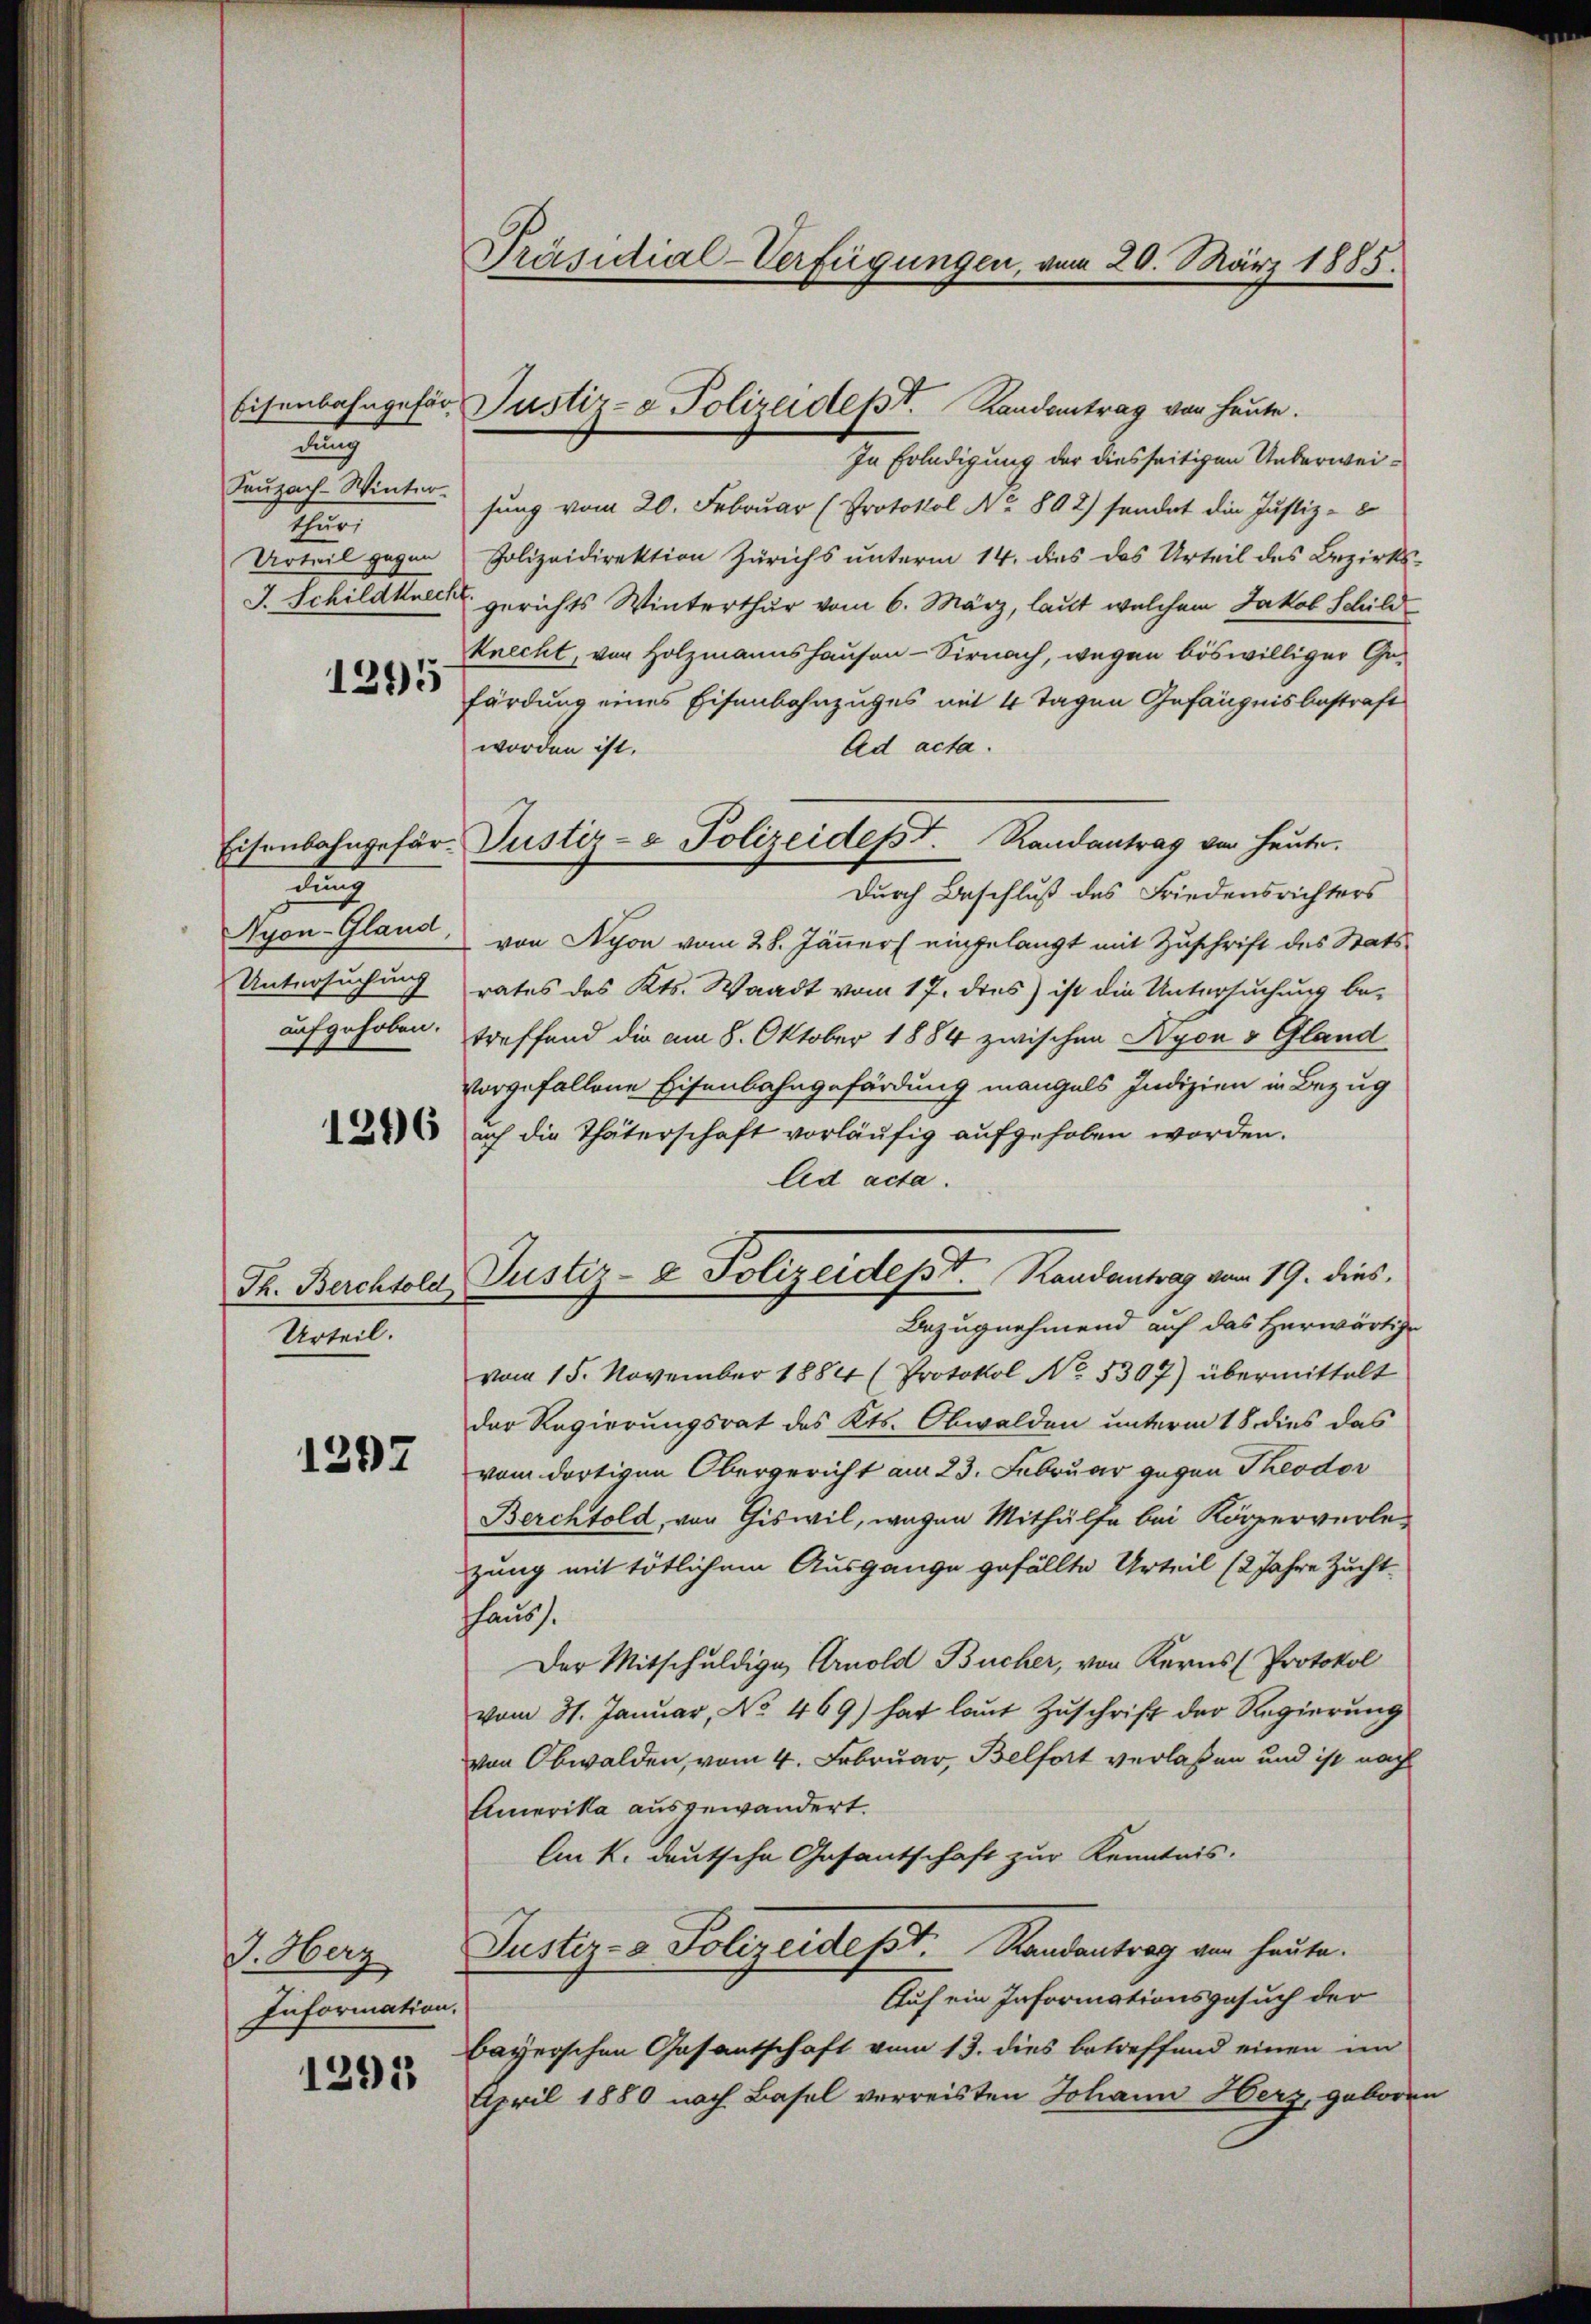
u
E

1295

i
aufgehoben.

1296

Urteil.

1297

V. Oberg
Information.

1295

Präsidial-Verfügungen, vom 20. März 1885.

In Erledigung der diesseitigen Ueberwei¬
Seuzach Winter. Jung vom 20. Februar (Protokol No 892) sondert die Justiz-
Urteil gegen Polizeidirektion Zürichs unterm 14. dies des Urteil des Bezirks¬
J. Schildknecht gerichts Winterthur vom 6. März, laut welchem Jakob Schild
knecht, von Holzmannshausen-Sirnach, wegen böswilliger Gefärdung eines Eisenbahnzuges mit 4 Tagen Gefängnis bestraft
worden ist.
Ad acta.
Durch Beschluß des Friedensrichters
Ayon-Gland, von Nyon vom 28. Jänner eingelangt mit Zuschrift des Stats¬
Untersuchung rates des Kts. Waadt vom 17. dies ist die Untersuchung be-
treffend die am 8. Oktober 1884 zwischen Nyon & Gland
vorgefallene Eisenbahngefärdung mangels Indizien in Bezug
auf die Thäterschaft vorläufig aufgehoben worden.
Ad acta.
Bezugnehmend auf das Herwärtige
vom 15. November 1884 (Protokol No. 5307) übermittelt
der Regierungsrat des Kts. Obwalden unterm 18. dies das
vom dortigen Obergericht am 23. Februar gegen Theodor
Berchtold, von Giswil, wegen Mithülfe bei Körperverlezung mit tötlichem Ausgange gefällte Urteil (2 Jahre Zucht-
hhaus.
Der Mitschuldige Arnold Bucher, von Kerns (Protokol
vom 31. Januar, No 469) hat laut Zuschrift der Regierung
von Obwalden, vom 4. Februar, Belfort verlaßen und ist nach
Amerika ausgewandert.
Am k. deutsche Gasantschaft zur Kenntnis.
Justiz- & Polizeidept. Randantrag von heute.
Auf ein Informationsgesuch der
bayerschen Gasantschaft vom 13. dies betreffend einen im
April 1880 nach Basel verreisten Johann Herz, geboren

Eisenbahngefür Justiz- & Polizeidept. Randantrag von heute.

Eisenbahngefür Justiz- & Polizeidept. Randantrag von heute.

Fr. Berchtola Justiz- & Polizeidest. Kandantrag vom 19. dies